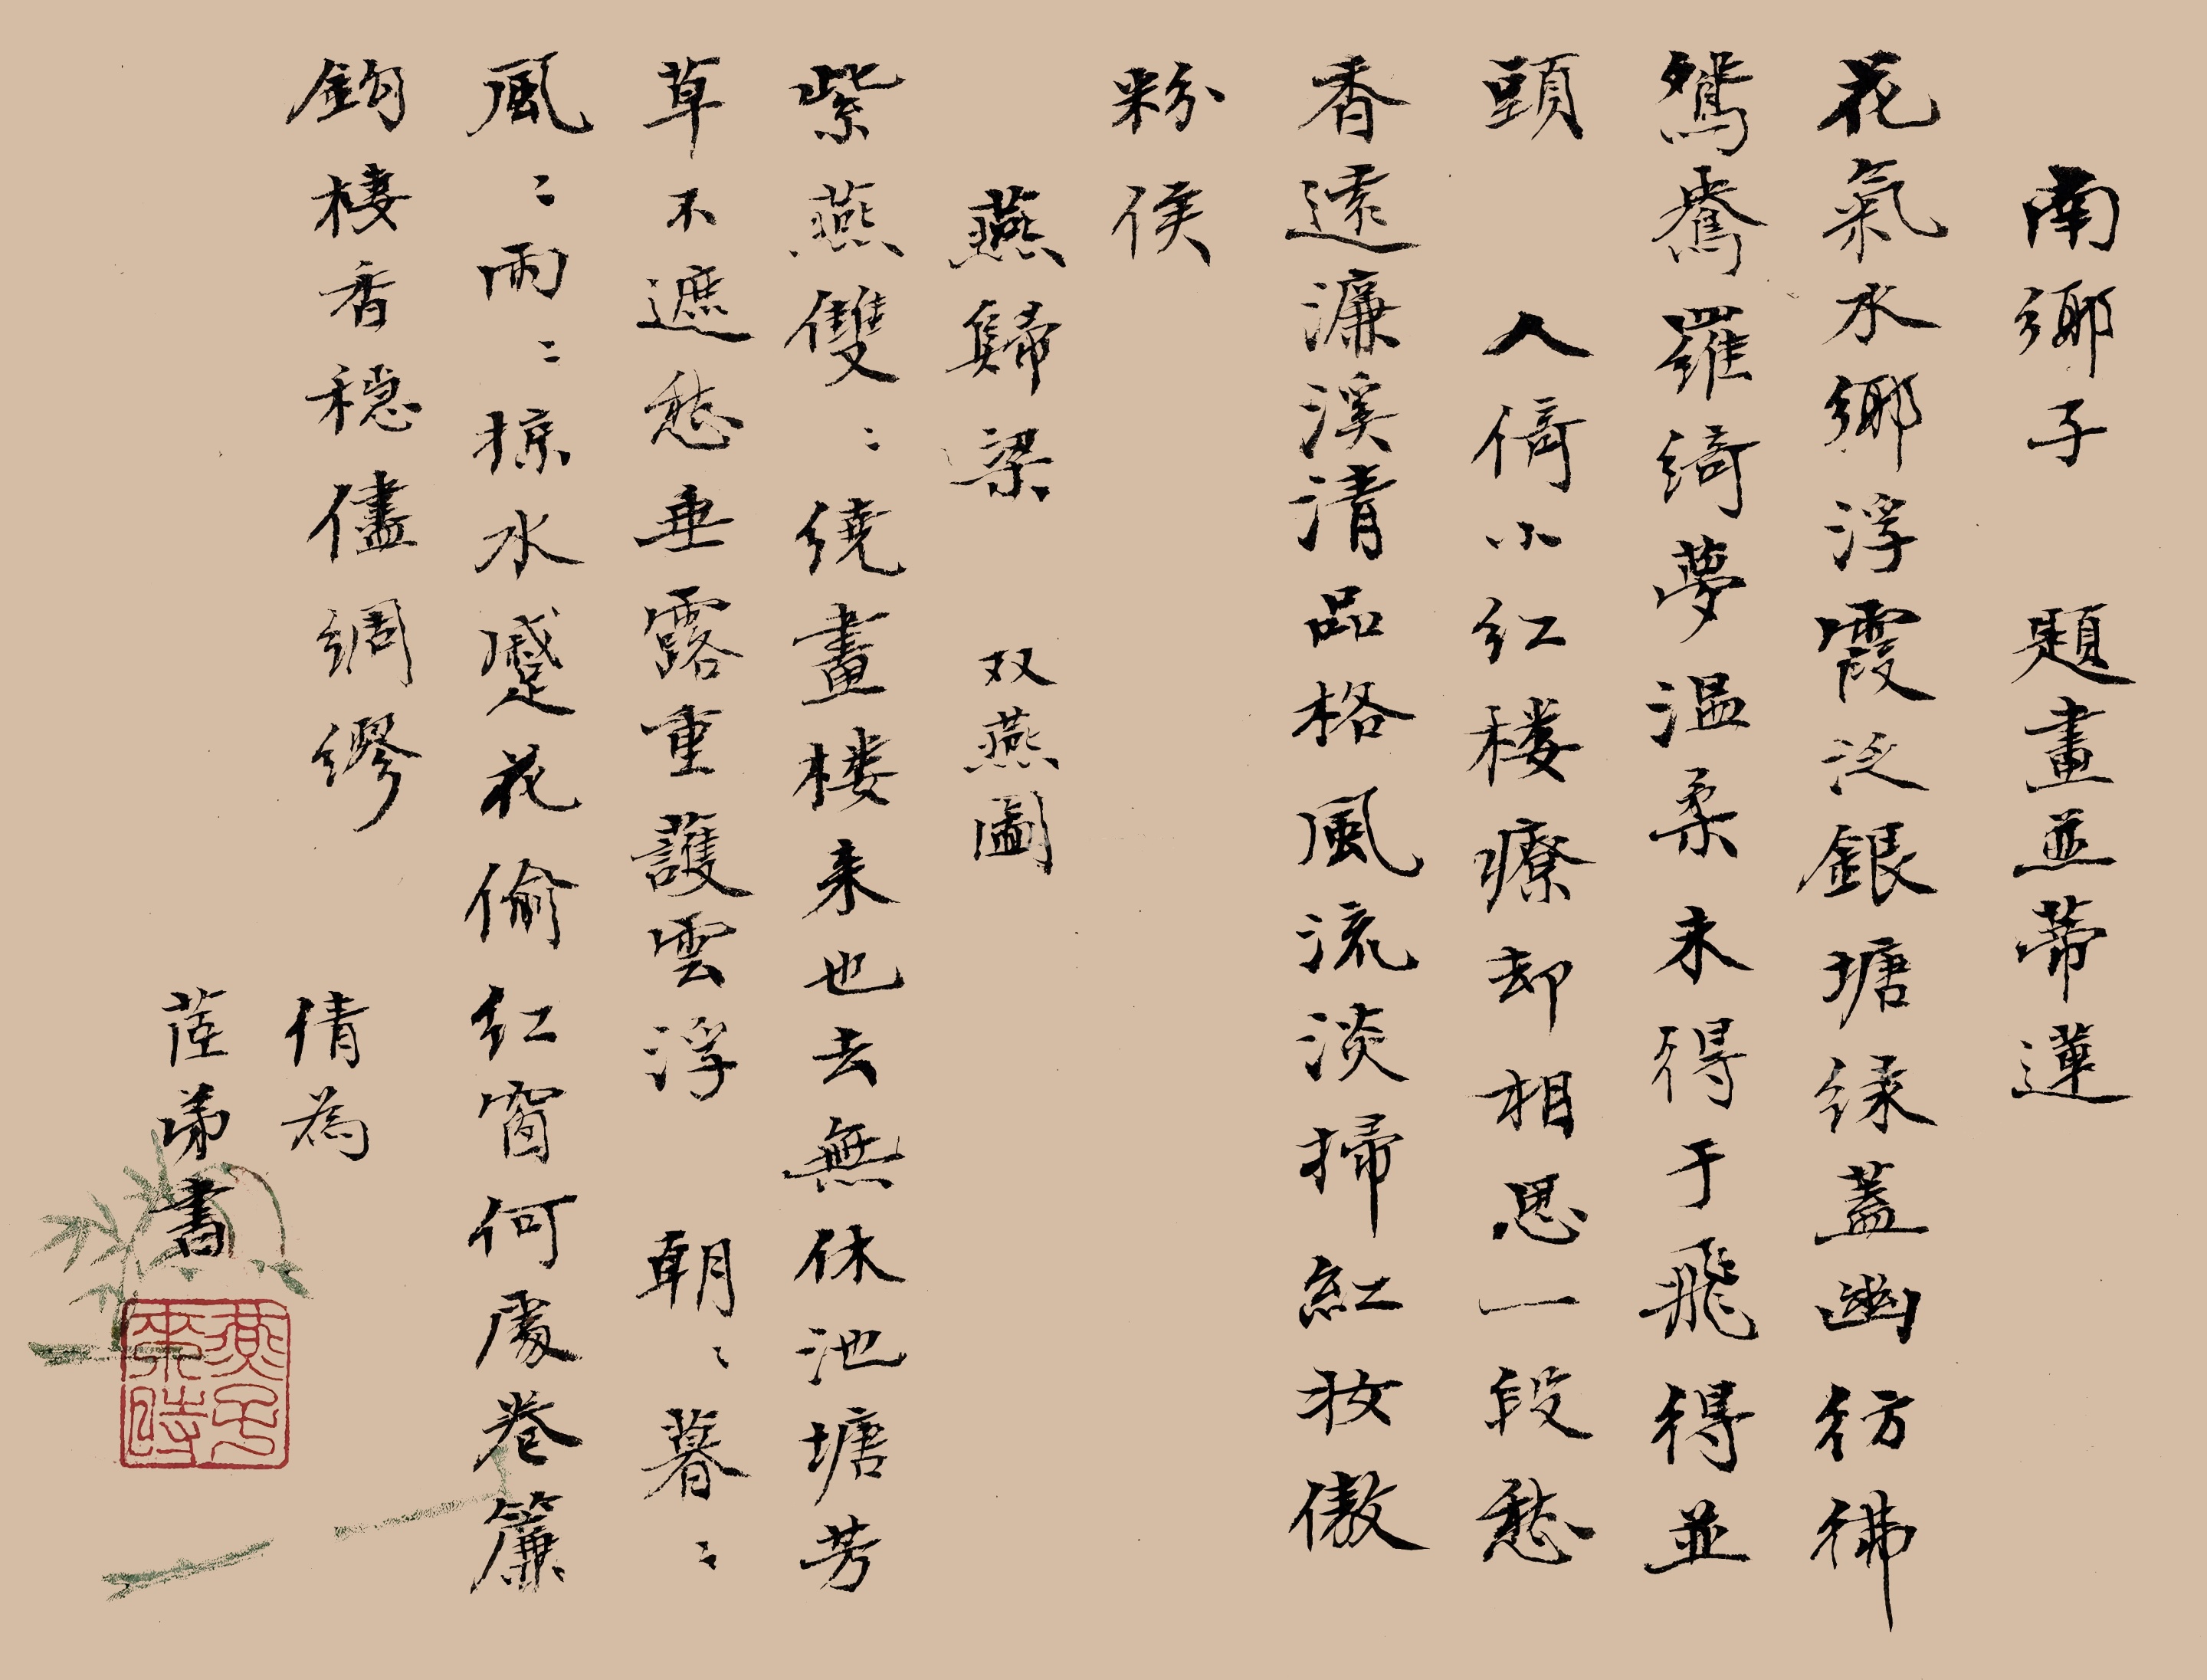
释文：南乡子，题画并蒂莲。花气水乡浮，霞泛银塘绿盖幽。仿佛鸳鸯罗绮梦，温柔。未得于飞得并头。人倚小红楼。疗却相思一段愁。香远濂溪清品格，风流。淡扫红妆傲粉侯。燕归梁，双燕图。紫燕双双绕画楼。来也去无休。池塘芳草不遮愁。垂露重，护云浮。朝朝暮暮，风风雨雨，掠水蹙花偷。红窗何处卷帘钩。栖香稳，侭绸缪。倩为茝弟书。